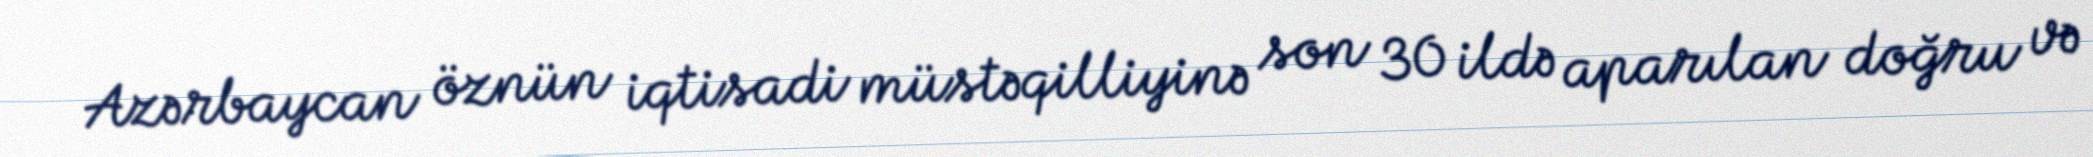
Azərbaycan öznün iqtisadi müstəqilliyinə son 30 ildə aparılan doğru və